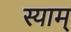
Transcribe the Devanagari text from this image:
स्याम्